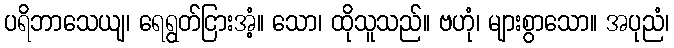
ပရိဘာသေယျ၊ ရေရွတ်ငြားအံ့။ သော၊ ထိုသူသည်။ ဗဟုံ၊ များစွာသော။ အပုညံ၊